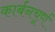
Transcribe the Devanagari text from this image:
कार्बनचूर्ण